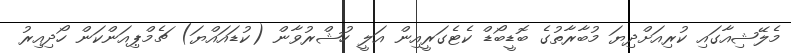
މެލޭޝިއާގައި ކުރިއަށްދިޔަ މުބާރާތުގެ ބޮޑީބޯޑް ކެޓެގަރީއިން އަލީ ހުޝްރުވާން (ކުޑައައްޔަ) ޗެމްޕިއަންކަން ހޯދިއިރު